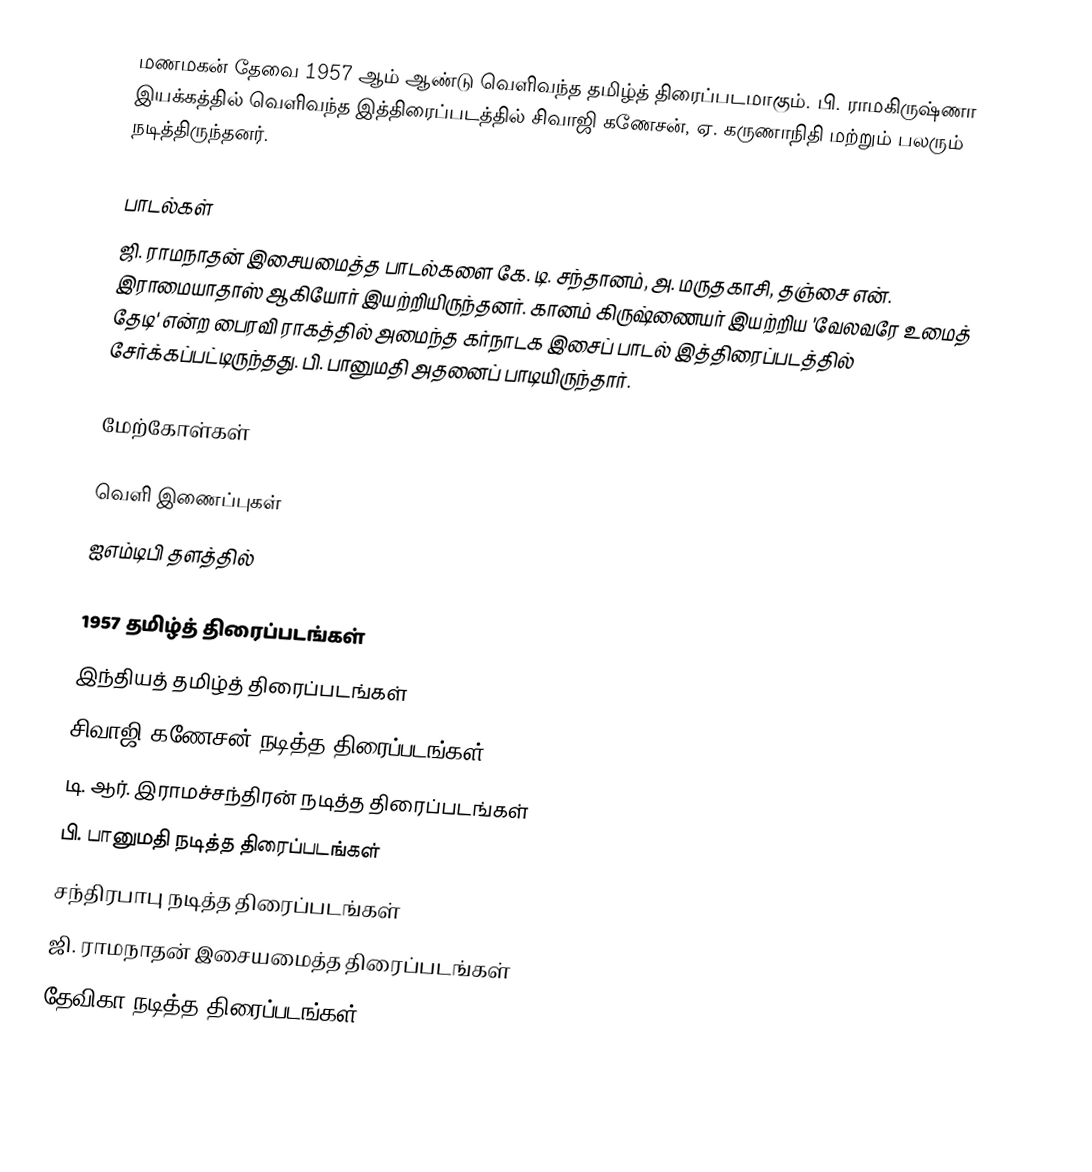
மணமகன் தேவை 1957 ஆம் ஆண்டு வெளிவந்த தமிழ்த் திரைப்படமாகும். பி. ராமகிருஷ்ணா இயக்கத்தில் வெளிவந்த இத்திரைப்படத்தில் சிவாஜி கணேசன், ஏ. கருணாநிதி மற்றும் பலரும் நடித்திருந்தனர்.

பாடல்கள்
ஜி. ராமநாதன் இசையமைத்த பாடல்களை கே. டி. சந்தானம், அ. மருதகாசி, தஞ்சை என். இராமையாதாஸ் ஆகியோர் இயற்றியிருந்தனர். கானம் கிருஷ்ணையர் இயற்றிய 'வேலவரே உமைத் தேடி' என்ற பைரவி ராகத்தில் அமைந்த கர்நாடக இசைப் பாடல் இத்திரைப்படத்தில் சேர்க்கப்பட்டிருந்தது. பி. பானுமதி அதனைப் பாடியிருந்தார்.

மேற்கோள்கள்

வெளி இணைப்புகள்
ஐஎம்டிபி தளத்தில்

1957 தமிழ்த் திரைப்படங்கள்
இந்தியத் தமிழ்த் திரைப்படங்கள்
சிவாஜி கணேசன் நடித்த திரைப்படங்கள்
டி. ஆர். இராமச்சந்திரன் நடித்த திரைப்படங்கள்
பி. பானுமதி நடித்த திரைப்படங்கள்
சந்திரபாபு நடித்த திரைப்படங்கள்
ஜி. ராமநாதன் இசையமைத்த திரைப்படங்கள்
தேவிகா நடித்த திரைப்படங்கள்